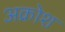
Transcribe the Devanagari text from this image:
अक्रोश